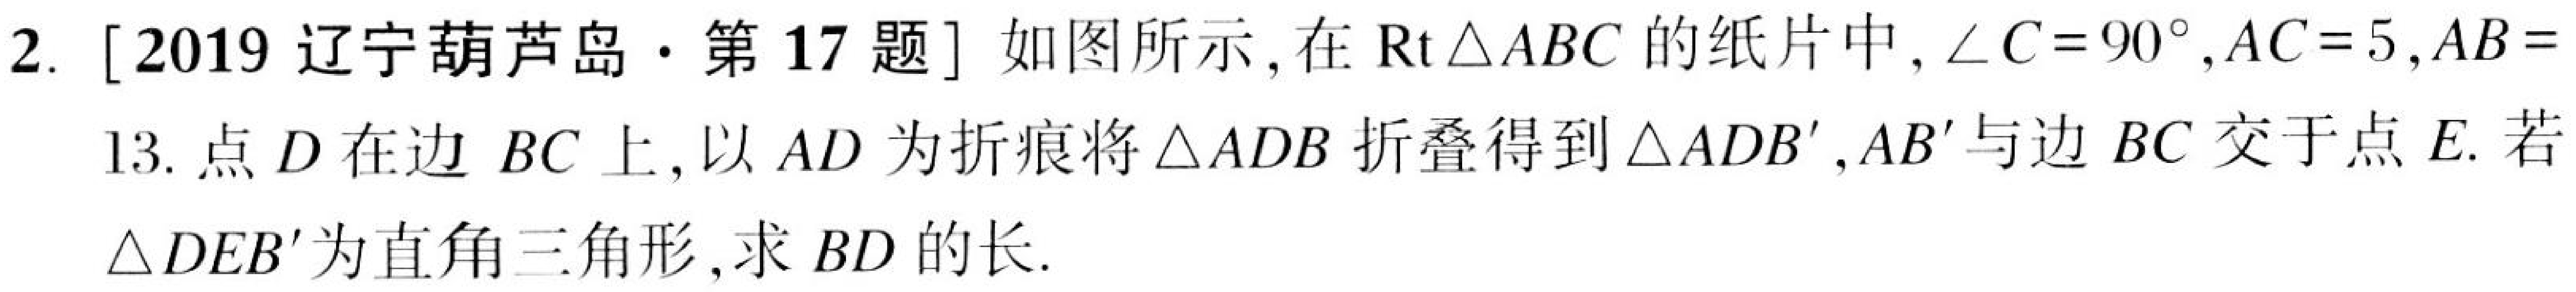
2. [2019辽宁葫芦岛·第17题]如图所示，在\(\text{Rt}\triangle ABC\)的纸片中，\(\angle C = 90^{\circ},AC = 5,AB = 13\).点\(D\)在边\(BC\)上，以\(AD\)为折痕将\(\triangle ADB\)折叠得到\(\triangle ADB'\)，\(AB'\)与边\(BC\)交于点\(E\).若\(\triangle DEB'\)为直角三角形，求\(BD\)的长.